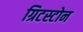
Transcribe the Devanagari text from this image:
ग्रिटस्टोन